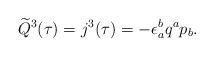
LaTeX: \begin{align*}\widetilde Q^3(\tau)=j^3(\tau)=-\epsilon_a^bq^ap_b .\end{align*}